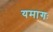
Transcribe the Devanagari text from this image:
यमागः